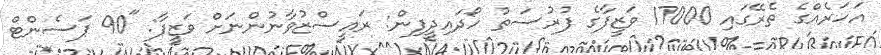
އަހަރެއްގެ ތެރޭގައި 17000 ވަޒީފާގެ ފުރުސަތު ހޯދައިދީފިން: ރައީސްޒުވާނުންނަށް ވަޒީފާ: "90 ޕަސެންޓް